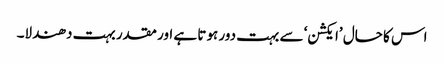
اس کا حال ’ایکشن‘ سے بہت دور ہوتا ہے اور مقدر بہت دھندلا۔